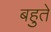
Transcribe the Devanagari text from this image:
बहुते